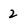
Character: 2